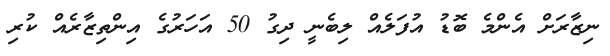
ނިޒާރަށް އެންމެ ބޮޑު އުފަލެއް ލިބެނީ ދިގު 50 އަހަރުގެ އިންތިޒާރެއް ކުރި